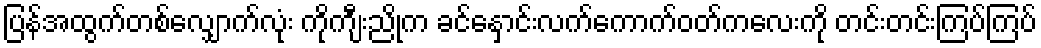
ပြန်အထွက်တစ်လျှောက်လုံး ကိုကျီးညိုက ခင်နှောင်းလက်ကောက်ဝတ်ကလေးကို တင်းတင်းကြပ်ကြပ်